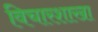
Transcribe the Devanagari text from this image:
विचारशाखा